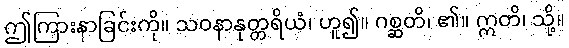
ဤကြားနာခြင်းကို။ သဝနာနုတ္တရိယံ၊ ဟူ၍။ ဂစ္ဆတိ၊ ၏။ ဣတိ၊ သို့။